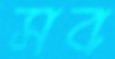
সব